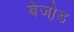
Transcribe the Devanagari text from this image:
बेजो़ड